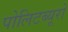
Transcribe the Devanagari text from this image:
पोलिटब्यूरो